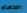
اطعام